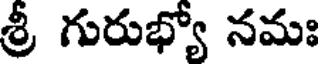
శ్రీ గురుభ్యో నమః